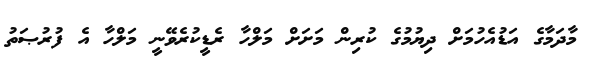
މާދަމާގެ އަޑުއެހުމަށް ދިޔުމުގެ ކުރިން މަށަށް މަލްހާ ރެޑީކުރެވޭނީ މަލްހާ އެ ފުރުޞަތު